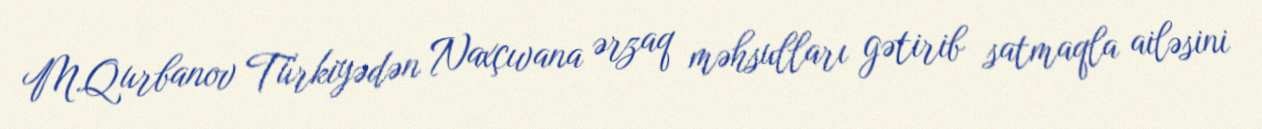
M.Qurbanov Türkiyədən Naxçıvana ərzaq məhsulları gətirib satmaqla ailəsini